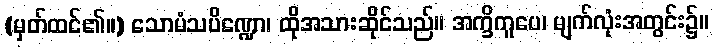
(မှတ်ထင်၏။) သောမံသပိဏ္ဍော၊ ထိုအသားဆိုင်သည်။ အက္ခိကူပေ၊ မျက်လုံးအတွင်း၌။